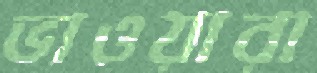
ভাওয়ারা